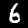
Digit: 6